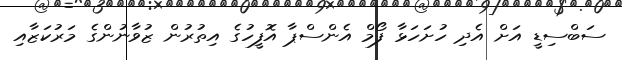
ސަބްސިޑީ އަށް އެދި ހުށަހަޅާ ފޯމް އެންސްޕާ އޮފީހުގެ އިތުރުން ޒުވާނުންގެ މަރުކަޒާއި